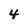
Character: 4